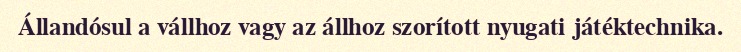
Állandósul a vállhoz vagy az állhoz szorított nyugati játéktechnika.